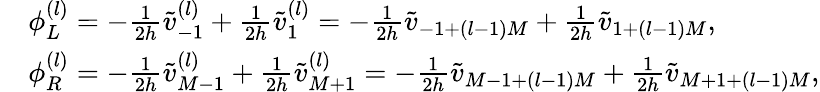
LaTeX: \begin{array}{rl}&{\phi_{L}^{(l)}=-\frac{1}{2h}\widetilde v_{-1}^{(l)}+\frac{1}{2h}\widetilde v_{1}^{(l)}=-\frac{1}{2h}\widetilde v_{-1+(l-1)M}+\frac{1}{2h}\widetilde v_{1+(l-1)M},}\\ &{\phi_{R}^{(l)}=-\frac{1}{2h}\widetilde v_{M-1}^{(l)}+\frac{1}{2h}\widetilde v_{M+1}^{(l)}=-\frac{1}{2h}\widetilde v_{M-1+(l-1)M}+\frac{1}{2h}\widetilde v_{M+1+(l-1)M},}\end{array}